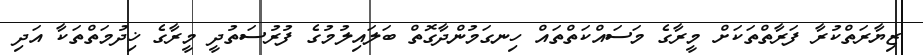
ޒިޔާރަތްކުރާ ފަރާތްތަކަށް މީރާގެ މަސައްކަތްތައް ހިނގަމުންދާގޮތް ބަލައިލުމުގެ ފުރުސަތުދީ މީރާގެ ޚިދުމަތްތަކާ އަދި